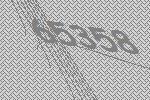
65358